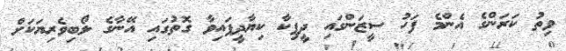
ވިތު ކަރަންގެ އެންމެ ފަހު ސީޒަންގައި ދީޕިކާ ކިޔާދީފައިވާ ގޮތުގައި އޭނާގެ ލޯބިވެރިޔަކަށް